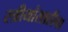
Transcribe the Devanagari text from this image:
स्त्रीयांसाठीचा